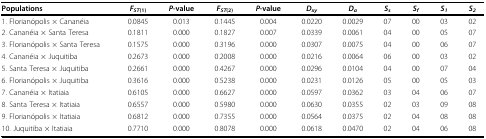
| Populations | FST(1) | P-value | FST(2) | P-value | Dxy | Da | Ss | Sf | S1 | S2 |
 | --- | --- | --- | --- | --- | --- | --- | --- | --- | --- | --- |
 | 1. Florianópolis × Cananéia | 0.0845 | 0.013 | 0.1445 | 0.004 | 0.0220 | 0.0029 | 07 | 00 | 03 | 02 |
 | 2. Cananéia × Santa Teresa | 0.1811 | 0.000 | 0.1827 | 0.007 | 0.0339 | 0.0061 | 04 | 00 | 05 | 07 |
 | 3. Florianópolis × Santa Teresa | 0.1575 | 0.000 | 0.3196 | 0.000 | 0.0307 | 0.0075 | 04 | 00 | 06 | 07 |
 | 4. Cananéia × Juquitiba | 0.2673 | 0.000 | 0.2008 | 0.000 | 0.0216 | 0.0064 | 06 | 00 | 03 | 02 |
 | 5. Santa Teresa × Juquitiba | 0.2661 | 0.000 | 0.4267 | 0.000 | 0.0296 | 0.0104 | 04 | 00 | 07 | 04 |
 | 6. Florianópolis × Juquitiba | 0.3616 | 0.000 | 0.5238 | 0.000 | 0.0231 | 0.0126 | 05 | 00 | 05 | 03 |
 | 7. Cananéia × Itatiaia | 0.6105 | 0.000 | 0.6627 | 0.000 | 0.0597 | 0.0362 | 03 | 04 | 06 | 07 |
 | 8. Santa Teresa × Itatiaia | 0.6557 | 0.000 | 0.5980 | 0.000 | 0.0630 | 0.0355 | 02 | 03 | 09 | 08 |
 | 9. Florianópolis × Itatiaia | 0.6812 | 0.000 | 0.7355 | 0.000 | 0.0564 | 0.0375 | 02 | 04 | 08 | 08 |
 | 10. Juquitiba × Itatiaia | 0.7710 | 0.000 | 0.8078 | 0.000 | 0.0618 | 0.0470 | 02 | 04 | 06 | 08 |